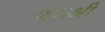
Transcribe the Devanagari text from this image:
था।श्री